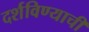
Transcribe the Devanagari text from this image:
दर्शविण्याची